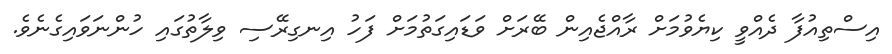
އިސްތިއުފާ ދެއްވީ ކިޔެވުމަށް ރާއްޖެއިން ބޭރަށް ވަޑައިގަތުމަށް ފަހު އިނގިރޭސި ވިލާތުގައި ހުންނަވައިގެނެވެ.